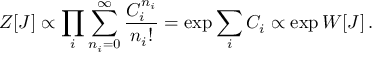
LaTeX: Z [ J ] \propto \prod _ { i } { \sum _ { n _ { i } = 0 } ^ { \infty } { \frac { C _ { i } ^ { n _ { i } } } { n _ { i } ! } } } = \exp { \sum _ { i } { C _ { i } } } \propto \exp { W [ J ] } \, .